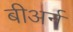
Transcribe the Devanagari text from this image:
बीअर्न